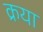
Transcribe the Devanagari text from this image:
क्रया